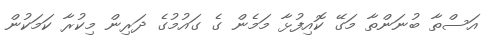
އަސްތާ ބުނަންތާ މަގޭ ކޮއިފުޅާ މަމެން ގެ ގައުމުގެ ދަރިން މިކުރާ ކަމަކުން